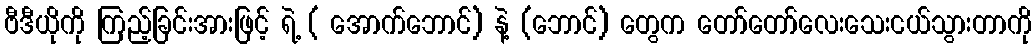
ဗီဒီယိုကို ကြည့်ခြင်းအားဖြင့် ရဲ့ ( အောက်ဘောင်) နဲ့ (ဘောင်) တွေက တော်တော်လေးသေးငယ်သွားတာကို